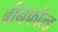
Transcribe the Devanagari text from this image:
बीनफील्ड